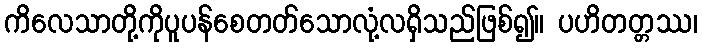
ကိလေသာတို့ကိုပူပန်စေတတ်သောလုံ့လရှိသည်ဖြစ်၍။ ပဟိတတ္တဿ၊